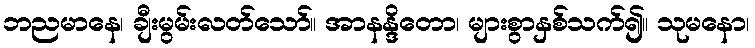
ဘညမာနေ၊ ချီးမွမ်းလတ်သော်။ အာနန္ဒိတော၊ များစွာနှစ်သက်၍။ သုမနော၊